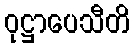
ဝုဋ္ဌာပေသီတိ